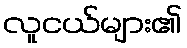
လူငယ်များ၏